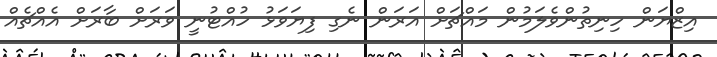
އިޒްޔަން ހިނިތުންވެލަމުން މައްޗަށް އަރަން ނެގި ފިޔަވަޅު ހުއްޓުނީ ވަރަށް ބާރަށް އެއްޗެއް